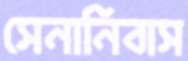
সেনানিবাস